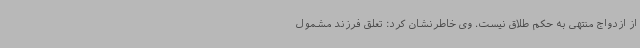
از ازدواج منتهی به حکم طلاق نیست. وی خاطرنشان کرد: تعلق فرزند مشمول